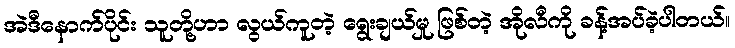
အဲဒီနောက်ပိုင်း သူတို့ဟာ လွယ်ကူတဲ့ ရွေးချယ်မှု ဖြစ်တဲ့ အိုလီကို ခန့်အပ်ခဲ့ပါတယ်။